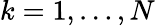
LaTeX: k=1,\ldots,N